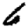
Digit: 6